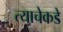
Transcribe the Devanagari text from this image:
त्याचेकडे